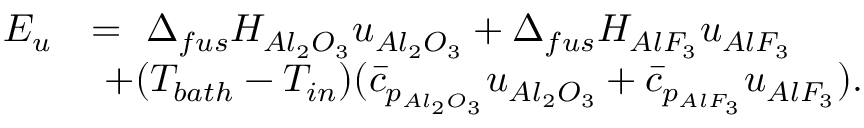
\begin{array} { r l } { E _ { u } } & { = \ \Delta _ { f u s } H _ { A l _ { 2 } O _ { 3 } } u _ { A l _ { 2 } O _ { 3 } } + \Delta _ { f u s } H _ { A l F _ { 3 } } u _ { A l F _ { 3 } } } \\ & { \ + ( T _ { b a t h } - T _ { i n } ) ( \Bar { c } _ { p _ { A l _ { 2 } O _ { 3 } } } u _ { A l _ { 2 } O _ { 3 } } + \Bar { c } _ { p _ { A l F _ { 3 } } } u _ { A l F _ { 3 } } ) . } \end{array}